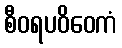
စီဝရပဝိဝေကံ